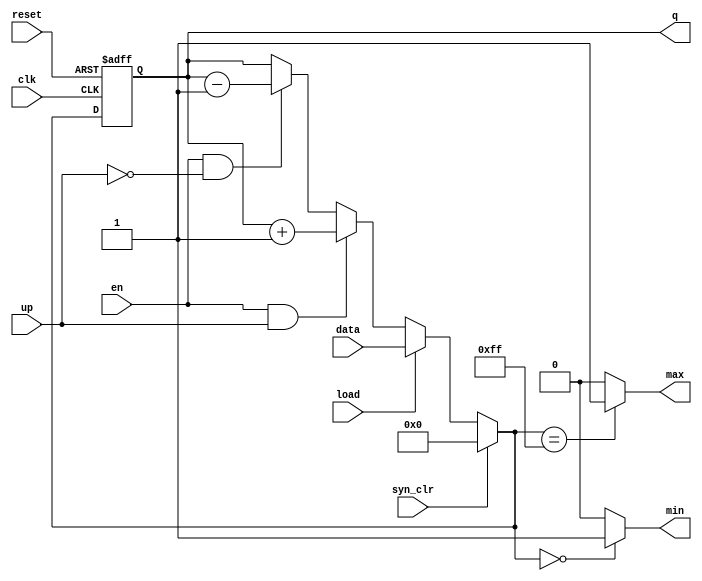
module universal_binary_counter(
  input [n-1:0] data,//data_in
  input clk,reset,syn_clr,en,up,load,
  output [n-1:0] q,
  output min,max);
  parameter n=8;
  reg [n-1:0] reg_next,r_reg;//register and next state
  
  //nextstate
  
  always@(posedge clk,posedge reset)
    begin
      if(reset)
        r_reg=8'b0;
      else
        r_reg=reg_next;
    end
  
  //register
  
  always@(*)
    begin
      if(syn_clr)//synchronous clear
        reg_next=8'b0;
      else if(load)//load data
        reg_next=data;
      else if(en & up)//enable and upcount
        reg_next=r_reg+1;
      else if(en&~up)//enable and downcount
        reg_next=r_reg-1;
      else
        reg_next=r_reg;
    end
  assign q=r_reg;
  assign max=(reg_next==2**n-1)?1'b1:1'b0;
  assign min=(reg_next==0)?1'b1:1'b0;
endmodule